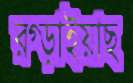
রগ্‌ড়াইয়াছ